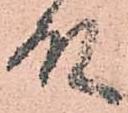
殿